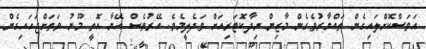
އަވަސްކޮށްލައިގެން ތައްޔާރުވެގެން މާޒިން ނިދާކޮޓަރިއަށް ވަދެލީމެވެ. އޭރުވެސް އޭނާ އޮތީ މޫނު ވަތަށްޖަހައިގެން